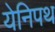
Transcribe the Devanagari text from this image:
येनिपथ